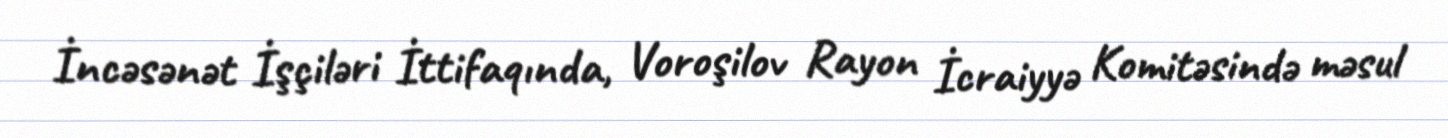
İncəsənət İşçiləri İttifaqında, Voroşilov Rayon İcraiyyə Komitəsində məsul